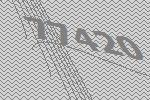
77420